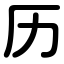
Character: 历